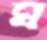
ঘ